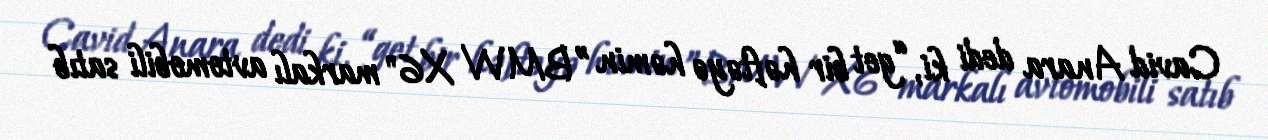
Cavid Anara dedi ki, “get bir həftəyə həmin ”BMW X6" markalı avtomobili satıb